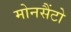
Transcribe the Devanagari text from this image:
मोनसैंटो